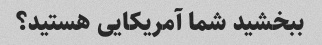
ببخشید شما آمریکایی هستید؟